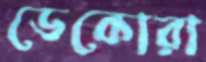
ডেকোরা